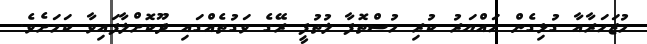
މުޒަހަރާއާ ގުޅިގެން ހައްޔަރު ކުރި މުސްތޮފާ ލުތުފީ ރޭގެ ވަގުތެއްގައި ދޫކޮށްލާފައިވާ ކަމަށެވެ.